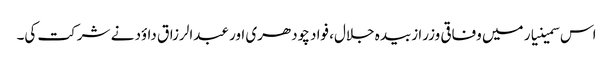
اس سمینیار میں وفاقی وزرا زبیدہ جلال، فواد چودھری اور عبدالرزاق داؤد نے شرکت کی۔